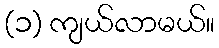
(၁) ကျယ်လာမယ်။